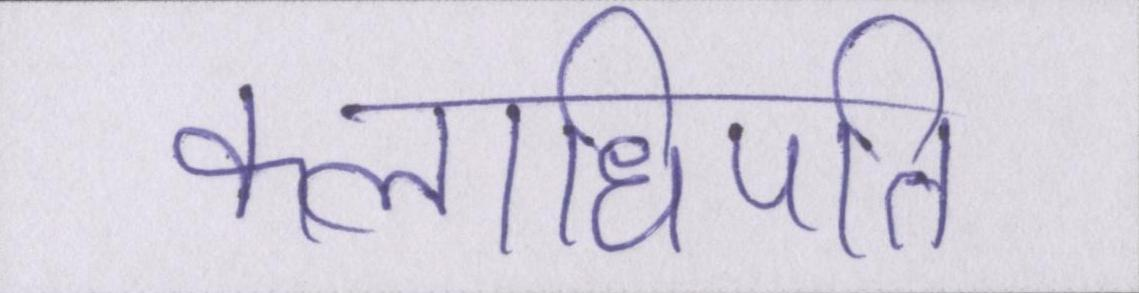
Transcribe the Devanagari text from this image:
कलाधिपति